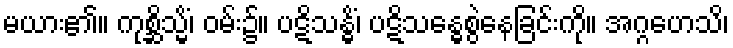
မယား၏။ ကုစ္ဆိသ္မိံ၊ ဝမ်း၌။ ပဋိသန္ဓိံ၊ ပဋိသန္ဓေစွဲနေခြင်းကို။ အဂ္ဂဟေသိ၊